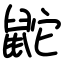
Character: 鼧